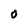
Character: 0